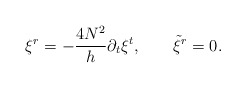
\begin{align*}\xi^r = -{4 N^2\over h}\partial_t\xi^t , \qquad {\tilde\xi}^r = 0.\end{align*}